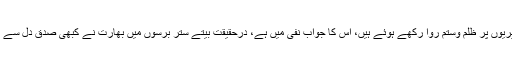
کیا صرف نریندر مودی کشمیریوں پر ظلم وستم روا رکھے ہوئے ہیں، اس کا جواب نفی میں ہے، درحقیقت بیتے ستر برسوں میں بھارت نے کبھی صدق دل سے پاکستان کو تسلیم نہیں کیا ہے۔